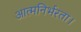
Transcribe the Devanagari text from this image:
आत्मनिर्भरता।